Account of plague administration in the Bombay Presidency from September 1896 till May 1897
Year: 1896
Disease focus: Plague
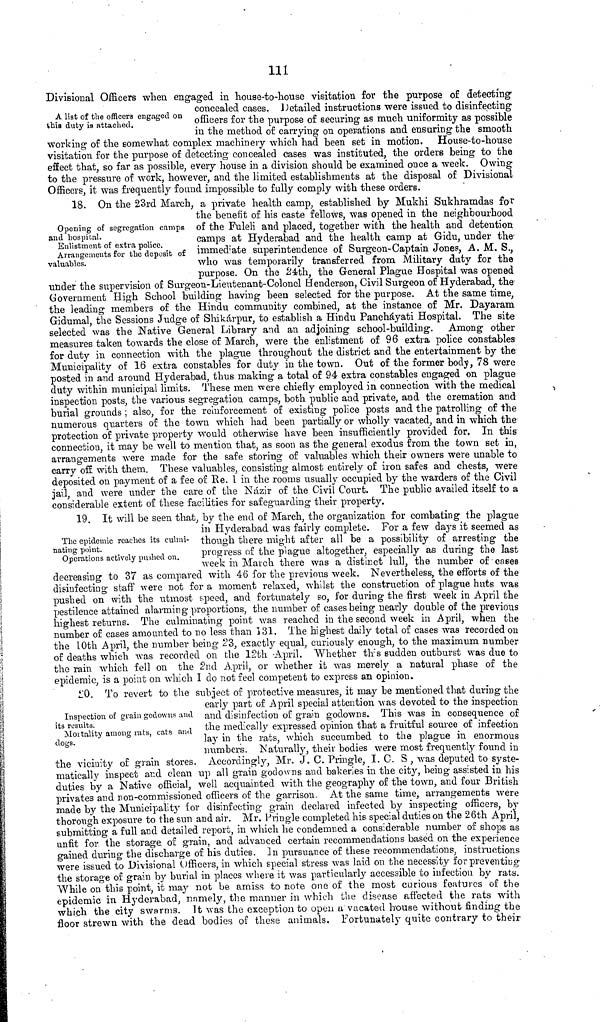
Ill
A list of the officers engaged on
this duty is attached.
Divisional Officers when engaged in house-to-house visitation for the purpose of detecting'
concealed cases. Detailed instructions were issued to disinfecting
officers for the purpose of securing as much uniformity as possible
in the method of carrying on operations and ensuring the smooth
working of the somewhat complex machinery which had been set in motion.
House-to-house
visitation for the purpose of detecting concealed cases was instituted, the orders being to the
effect that, so far as possible, every house in a division should be examined once a week. Owing
to the pressure of work, however, and the limited establishments at the disposal of Divisional.
Officers, it was frequently found impossible to fully comply with these orders.
Opening of segregation camps
and hospital.
Enlistment of extra police.
Arrangements for the deposit of
valuables.
18. On the 23rd March, a private health camp, established by Mukhi Sukhramdas for
the benefit of his caste fellows, was opened in the neighbourhood
of the Fuleli and placed, together with the health and detention
camps at Hyderabad and the health camp at Gidu, under the
immediate superintendence of Surgeon-Captain Jones, A. M. S.,
who was temporarily transferred from Military duty for the
purpose. On the 24th, the General Plague Hospital was opened
under the supervision of Surgeon-Lieutenant-Colonel Henderson, Civil Surgeon of Hyderabad, the
Government High School building having been selected for the purpose. At the same time,
the leading members of the Hindu community combined, at the instance of Mr. Dayaram
Gidumal, the Sessions Judge of Shikárpur, to establish a Hindu Pancháyati Hospital. The site
selected was the Native General Library and an adjoining school-building.
Among other
measures taken towards the close of March, were the enlistment of 96 extra police constables
for duty in connection with the plague throughout the district and the entertainment by the
Municipality of 16 extra constables for duty in the town. Out of the former body, 78 were
posted in and around Hyderabad, thus making a total of 94 extra constables engaged on plague
duty within municipal limits. These men were chiefly employed in connection with the medical
inspection posts, the various segregation camps, both public and private, and the cremation and
burial grounds ; also, for the reinforcement of existing police posts and the patrolling of the
numerous quarters of the town which had been partially or wholly vacated, and in which the
protection of private property would otherwise have been insufficiently provided for. In this
connection, it may be well to mention that, as soon as the general exodus from the town set in,
arrangements were made for the safe storing of valuables which their owners were unable to
carry off with them. These valuables, consisting almost entirely of iron safes and chests, were
deposited on payment of a fee of Re. 1 in the rooms usually occupied by the warders of the Civil
jail, and were under the care of the Názir of the Civil Court. The public availed itself to a
considerable extent of these facilities for safeguarding their property.
The epidemic reaches its culmi-
nating point.
Operations actively pushed on.
19. It will be seen that, by the end of March, the organization for combating the plague
in Hyderabad was fairly complete. For a few days it seemed as
though there might after all be a possibility of arresting the
progress of the plague altogether, especially as during the last
week in March there was a distinct lull, the number of cases
decreasing to 37 as compared with 46 for the previous week. Nevertheless, the efforts of the
disinfecting staff were not for a moment relaxed, whilst the construction of plague huts was
pushed on with the utmost speed, and fortunately so, for during the first week in April the
pestilence attained alarmin g proportions, the number of cases being nearly double of the previous
highest returns. The culminating point was reached in the second week in April, when the
number of cases amounted to no less than 131. The highest daily total of cases was recorded on
the 10th April, the number being 23, exactly equal, curiously enough, to the maximum number
of deaths which was recorded on the 12th -April. Whether this sudden outburst was due to
the rain which fell on the 2nd April, or whether it was merely a natural phase of the
epidemic, is a point on which I do not feel competent to express an opinion.
Inspection of grain godowns and
its results.
Moitality among rats, cats and
dogs.
20. To revert to the subject of protective measures, it may be mentioned that during· the
early part of April special attention was devoted to the inspection
and disinfection of grain godowns. This was in consequence of
the medically expressed opinion that a fruitful source of infection
lay in the rats, which succumbed to the plague in enormous
numbers. Naturally, their bodies were most frequently found in
the vicinity of grain stores. Accordingly, Mr. J. C. Pringle, I. C. S , was deputed to syste-
matically inspect and clean up all grain godowns and bakeries in the city, being assisted in his
duties by a Native official, well acquainted with the geography of the town, and four British
privates and non-commissioned officers of the garrison. At the same time, arrangements were
made by the Municipality for disinfecting grain declared infected by inspecting officers, by
thorough exposure to the sun and air. Mr. Pringle completed his special duties on the 26th April,
submitting a full and detailed report, in which he condemned a considerable number of shops as
unfit for the storage, of grain, and advanced certain recommendations based on the experience
gained during the discharge of his duties. In pursuance of these recommendations, instructions
were issued to Divisional Officers, in which special stress was laid on the necessity for preventing
the storage of grain by burial in places where it was particularly accessible to infection by rats.
While on this point, it may not be amiss to note one of the most curious features of the
epidemic in Hyderabad, namely, the manner in which the disease affected the rats with
which the city swarms. It was the exception to open a vacated house without finding the
floor strewn with the dead bodies of these animals, Fortunately quite contrary to their